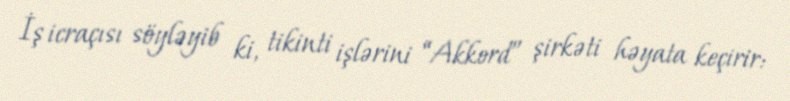
İş icraçısı söyləyib ki, tikinti işlərini “Akkord” şirkəti həyata keçirir: